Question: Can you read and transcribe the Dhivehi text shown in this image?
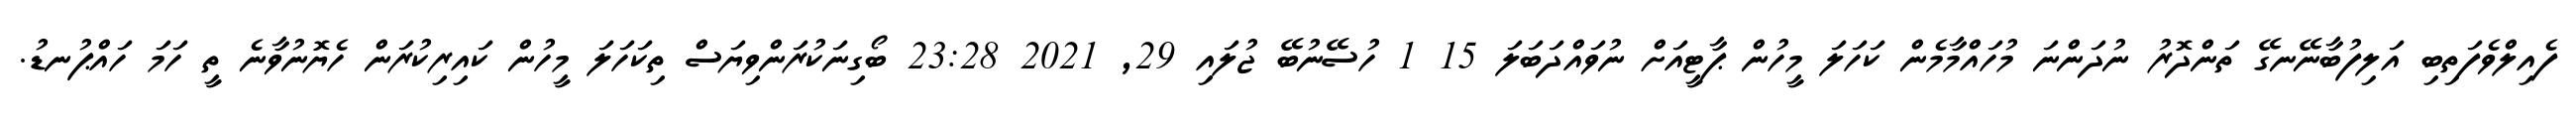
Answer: ފެއިލްވެފަތިބި އަލިފުބާނޭނގޭ ތަންދޮރު ނުދަންނަ މުހައްމާމެން ކަހަލަ މީހުން ޕާޓީއަށް ނުވައްދަބަލަ 15 1 ހުސޭނުބޭ ޖުލައި 29, 2021 23:28 ބޯގިނަކުރަންވިޔަސް ތިކަހަލަ މީހުން ކައިރިކުރަން ހެޔޮނުވާނެ ތީ ހަމަ ހައްޕުނޑު.